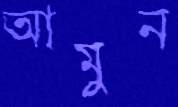
আমুন